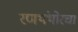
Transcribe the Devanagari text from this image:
रणथंभोरचा